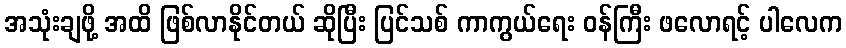
အသုံးချဖို့ အထိ ဖြစ်လာနိုင်တယ် ဆိုပြီး ပြင်သစ် ကာကွယ်ရေး ဝန်ကြီး ဖလောရင့် ပါလေက